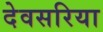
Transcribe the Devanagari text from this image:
देवसरिया